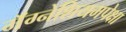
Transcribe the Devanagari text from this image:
मॅग्नेशियमपेक्षा